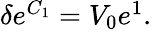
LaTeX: \begin{array}{r}{\delta e^{C_{1}}=V_{0}e^{1}.}\end{array}